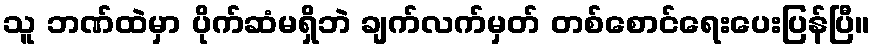
သူ ဘဏ်ထဲမှာ ပိုက်ဆံမရှိဘဲ ချက်လက်မှတ် တစ်စောင်ရေးပေးပြန်ပြီ။